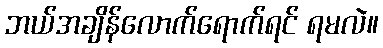
ဘယ်အချိန်လောက်ရောက်ရင် ရမလဲ။